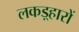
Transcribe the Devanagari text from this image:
लकड़्हारों